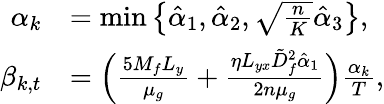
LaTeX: \begin{array}{rl}{\alpha_{k}}&{=\operatorname*{min}\left\{ \hat{\alpha}_{1},\hat{\alpha}_{2},\sqrt{\frac{n}{K}}\hat{\alpha}_{3}\right\} ,}\\ {\beta_{k,t}}&{=\Big(\frac{5M_{f}L_{y}}{\mu_{g}}+\frac{\eta L_{yx}\tilde{D}_{f}^{2}\hat{\alpha}_{1}}{2n\mu_{g}}\Big)\frac{\alpha_{k}}{T},}\end{array}